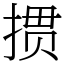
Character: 掼